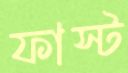
ফাস্ট